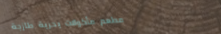
مطعم مأكولات بحرية طازجة